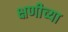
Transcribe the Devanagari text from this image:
क्षणीच्या